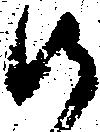
御